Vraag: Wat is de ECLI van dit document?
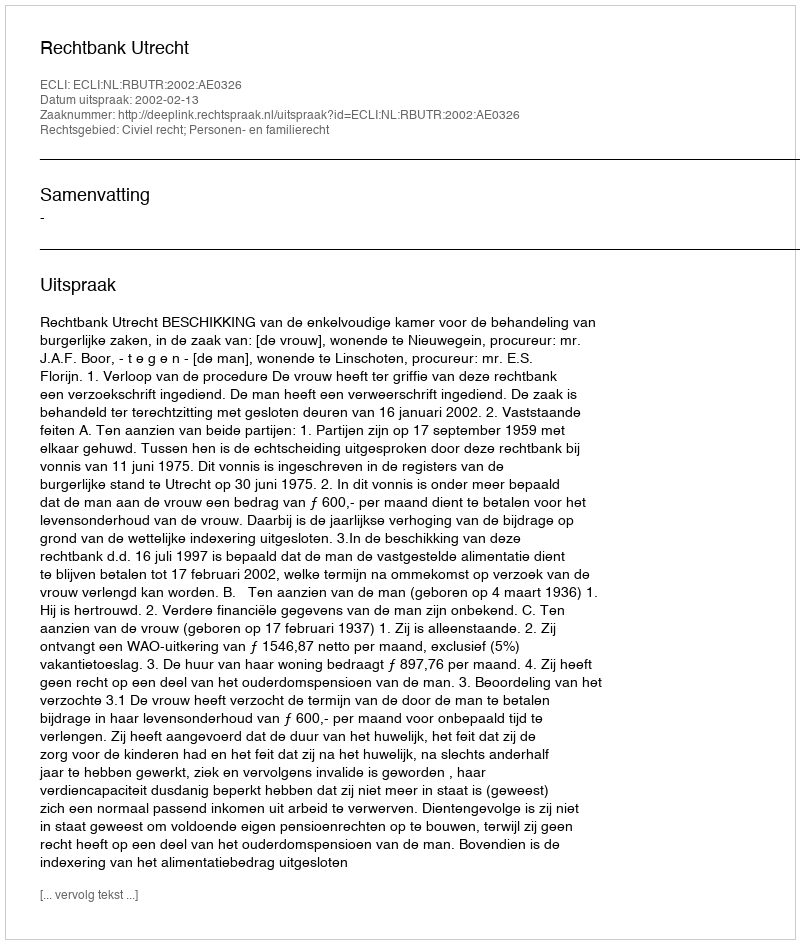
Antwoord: ECLI:NL:RBUTR:2002:AE0326